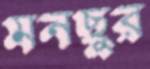
মনছুর